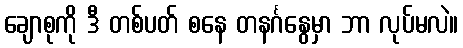
ချောစုကို ဒီ တစ်ပတ် စနေ တနင်္ဂနွေမှာ ဘာ လုပ်မလဲ။